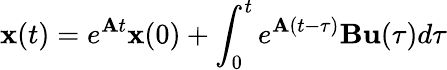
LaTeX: \mathbf{x}(t)=e^{\mathbf{A}t}\mathbf{x}(0)+\int_{0}^{t}e^{\mathbf{A}(t-\tau)}\mathbf{B}\mathbf{u}(\tau)d\tau